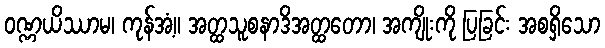
ဝဏ္ဏယိဿာမ၊ ကုန်အံ့။ အတ္ထသူစနာဒိအတ္ထတော၊ အကျိုးကို ပြခြင်း အစရှိသော